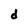
Character: d